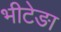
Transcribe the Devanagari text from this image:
भीटेङा